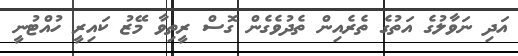
އަދި ނަވާލުގެ އަތުގެ ތެރެއިން ތެދުވެގެން ގޮސް ރީތިވާ މޭޒު ކައިރީ ހުއްޓުނީ